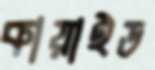
কায়াইড